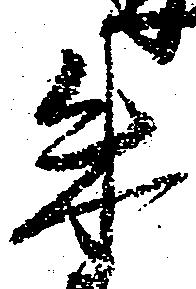
来